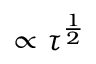
\propto \tau ^ { \frac { 1 } { 2 } }